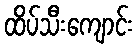
ထိပ်သီးကျောင်း